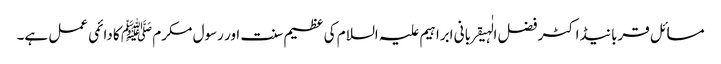
مسائل قربانیڈاکٹر فضل الٰہیقربانی ابراہیم علیہ السلام کی عظیم سنت اور رسول مکرم ﷺ کا دائمی عمل ہے۔